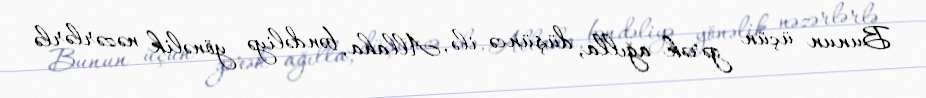
Bunun üçün gərək ağılla, düşüncə ilə, Allaha, bəndəliyə yönəlik nəzərlərlə